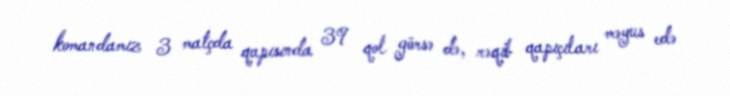
komandamız 3 matçda qapısında 39 qol görsə də, rəqib qapıçıları məyus edə